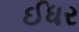
ઈધર